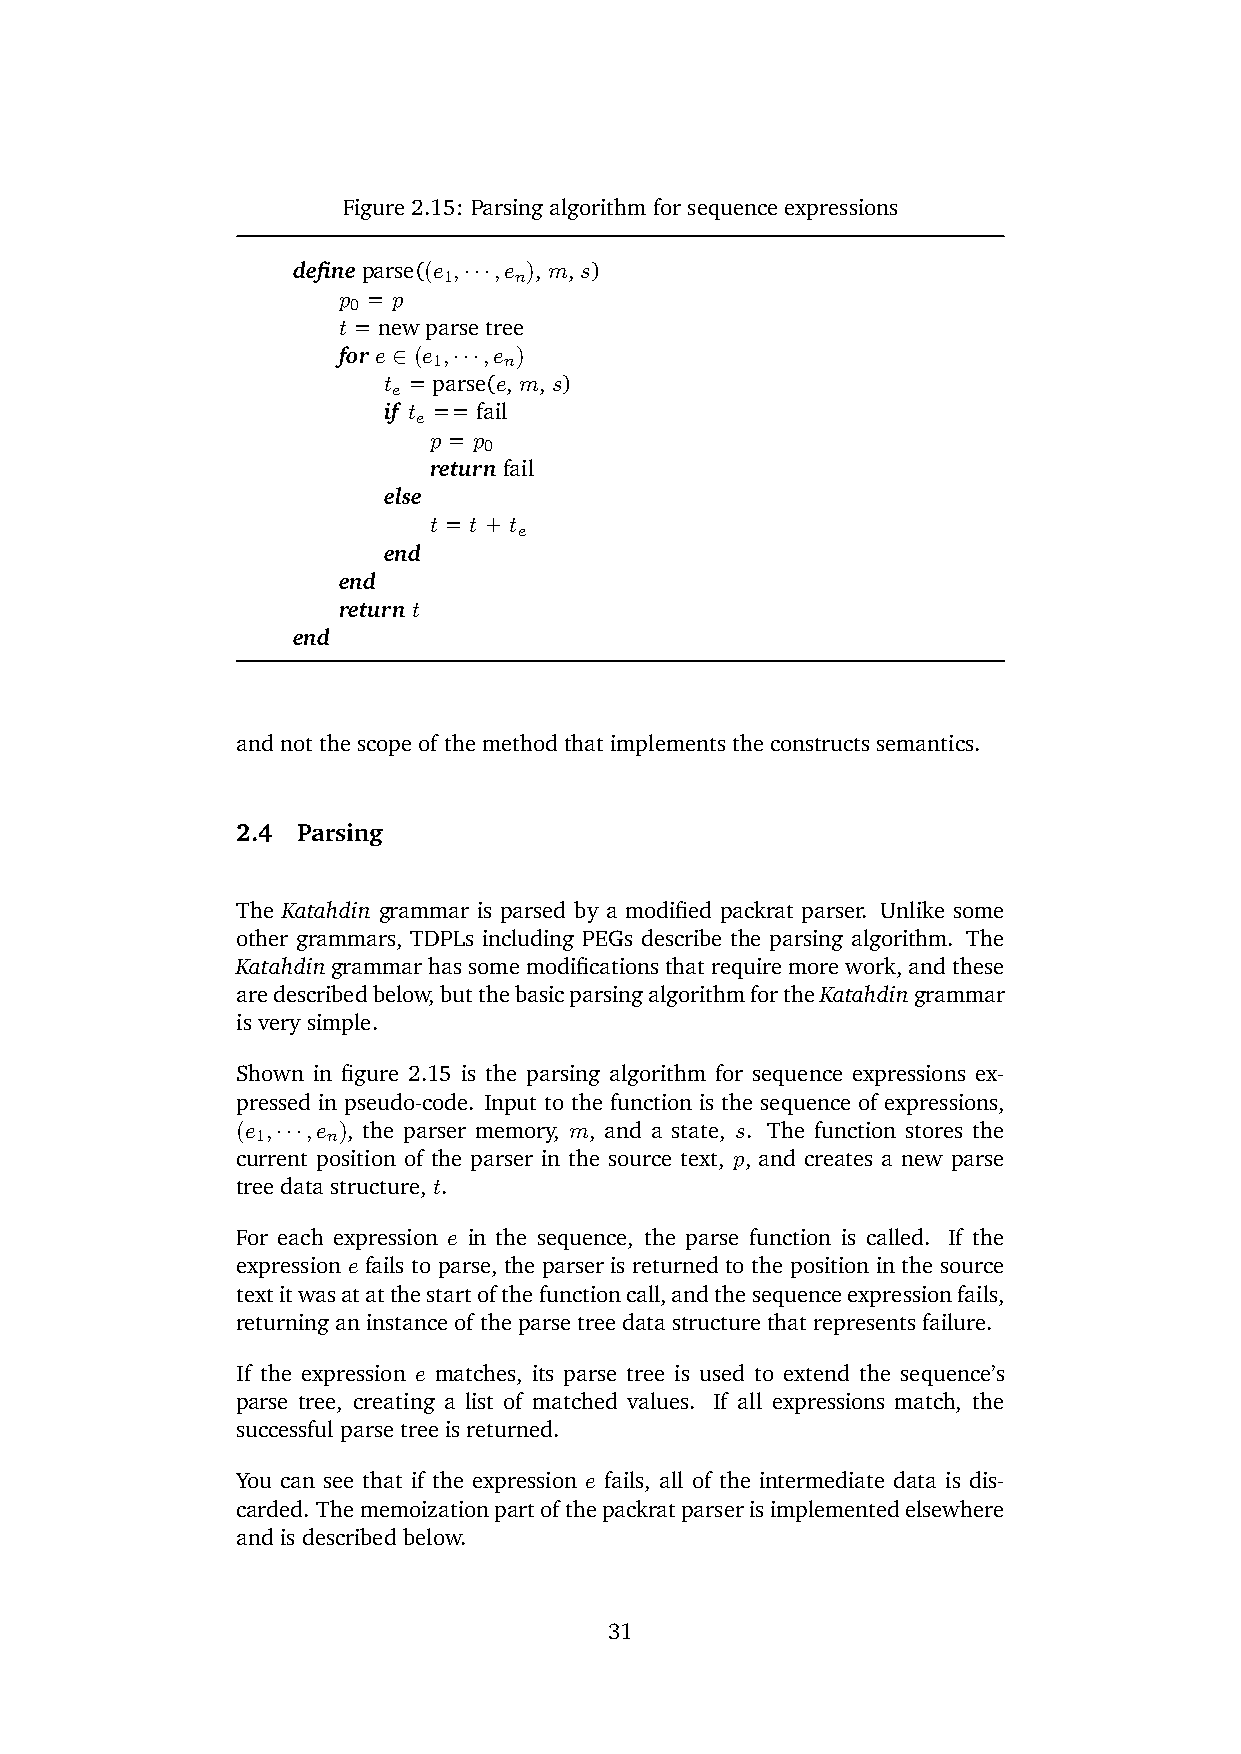
Figure 2.15: Parsing algorithm for sequence expressions
 define parse((e1,···,e n), m, s)
 p0 = p
 t = new parse tree
 for e ∈ (e1,···,e n)
 t = parse(e, m, s)
 e
 if t == fail
 e
 p = p0
 return fail
 else
 t = t + t
 e
 end
 end
 return t
 end
 and not the scope of the method that implements the constructs semantics.
 2.4 Parsing
 The Katahdin grammar is parsed by a modified packrat parser. Unlike some
 other grammars, TDPLs including PEGs describe the parsing algorithm. The
 Katahdingrammarhassomemodificationsthatrequiremorework, andthese
 aredescribedbelow,butthebasicparsingalgorithmfortheKatahdingrammar
 is very simple.
 Shown in figure 2.15 is the parsing algorithm for sequence expressions ex-
 pressed in pseudo-code. Input to the function is the sequence of expressions,
 (e1,···,e n), the parser memory, m, and a state, s. The function stores the
 current position of the parser in the source text, p, and creates a new parse
 tree data structure, t.
 For each expression e in the sequence, the parse function is called. If the
 expression e fails to parse, the parser is returned to the position in the source
 textitwasatatthestartofthefunctioncall,andthesequenceexpressionfails,
 returning an instance of the parse tree data structure that represents failure.
 If the expression e matches, its parse tree is used to extend the sequence’s
 parse tree, creating a list of matched values. If all expressions match, the
 successful parse tree is returned.
 You can see that if the expression e fails, all of the intermediate data is dis-
 carded. Thememoizationpartofthepackratparserisimplementedelsewhere
 and is described below.
 31